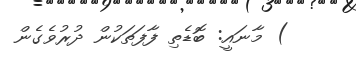
) މާނައީ: ބޮޑެތި ފާފަތަކުން ދުރުވެގެން